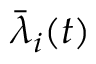
\bar { \lambda } _ { i } ( t )